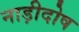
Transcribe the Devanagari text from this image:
नाड़ीदोष